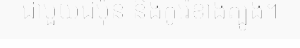
ជាមួយជប៉ុន និងកូរ៉េខាងត្បូង។